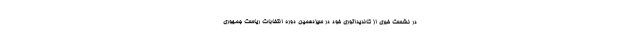
در نشست خبری از کاندیداتوری خود در سیزدهمین دوره انتخابات ریاست جمهوری